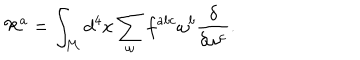
{ \cal R } ^ { a } = \int _ { \cal M } d ^ { 4 } x \sum _ { \omega } f ^ { a b c } \omega ^ { b } \frac { \delta } { \delta \omega ^ { c } } .